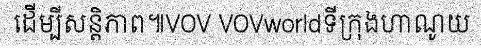
ដើម្បីសន្តិភាព៕VOV VOVworldទីក្រុងហាណូយ